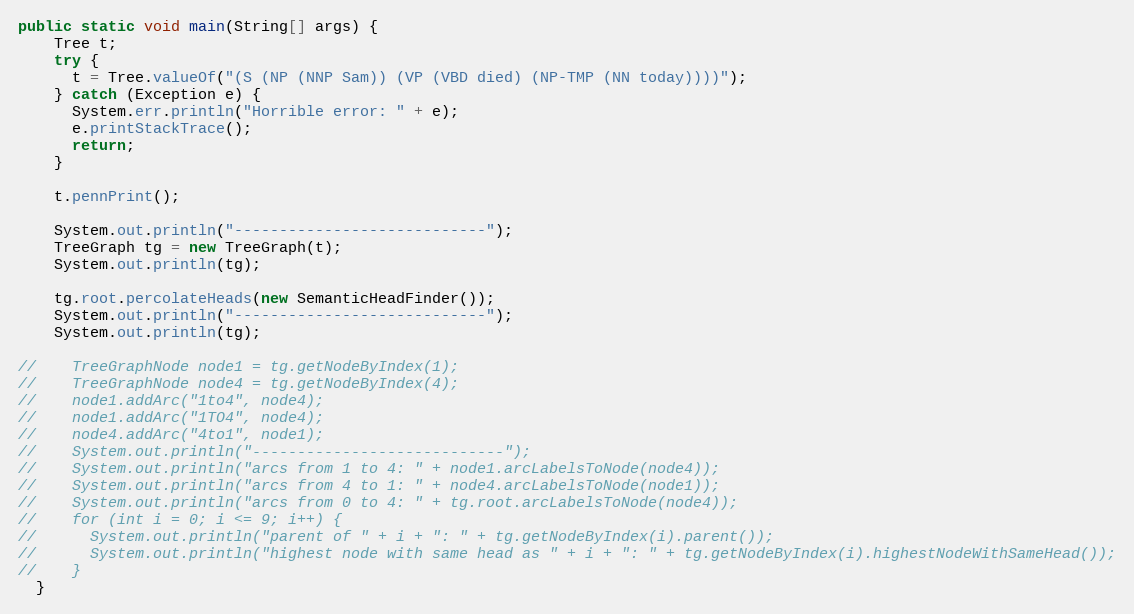
Language: Java
public static void main(String[] args) {
    Tree t;
    try {
      t = Tree.valueOf("(S (NP (NNP Sam)) (VP (VBD died) (NP-TMP (NN today))))");
    } catch (Exception e) {
      System.err.println("Horrible error: " + e);
      e.printStackTrace();
      return;
    }

    t.pennPrint();

    System.out.println("----------------------------");
    TreeGraph tg = new TreeGraph(t);
    System.out.println(tg);

    tg.root.percolateHeads(new SemanticHeadFinder());
    System.out.println("----------------------------");
    System.out.println(tg);

//    TreeGraphNode node1 = tg.getNodeByIndex(1);
//    TreeGraphNode node4 = tg.getNodeByIndex(4);
//    node1.addArc("1to4", node4);
//    node1.addArc("1TO4", node4);
//    node4.addArc("4to1", node1);
//    System.out.println("----------------------------");
//    System.out.println("arcs from 1 to 4: " + node1.arcLabelsToNode(node4));
//    System.out.println("arcs from 4 to 1: " + node4.arcLabelsToNode(node1));
//    System.out.println("arcs from 0 to 4: " + tg.root.arcLabelsToNode(node4));
//    for (int i = 0; i <= 9; i++) {
//      System.out.println("parent of " + i + ": " + tg.getNodeByIndex(i).parent());
//      System.out.println("highest node with same head as " + i + ": " + tg.getNodeByIndex(i).highestNodeWithSameHead());
//    }
  }